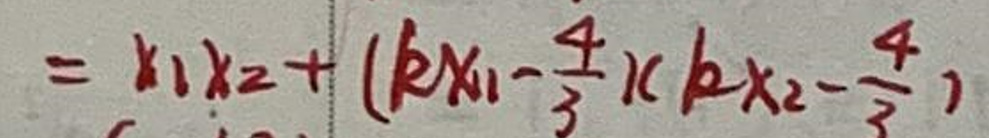
\[ = x_1x_2 + (kx_1 - \frac{4}{3})(kx_2 - \frac{4}{3}) \]